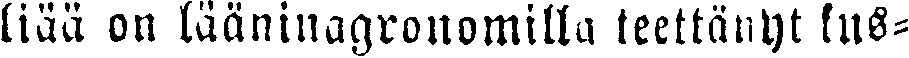
liää on lääninagronomilla teettänyt kus-